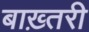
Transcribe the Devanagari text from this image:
बाख़्तरी